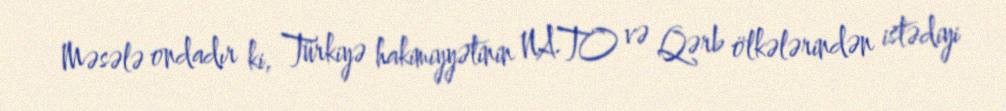
Məsələ ondadır ki, Türkiyə hakimiyyətinin NATO və Qərb ölkələrindən istədiyi